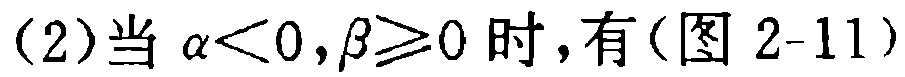
(2)当\(\alpha<0,\beta\geq0\)时,有(图2-11)